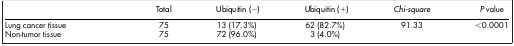
<table><thead><tr><td colspan="2"><b> </b></td><td><b>Total</b></td><td><b>Ubiquitin (−)</b></td><td><b>Ubiquitin (+)</b></td><td><b><i>Chi-square</i></b></td><td><b><i>P</i> value</b></td></tr></thead><tbody><tr><td colspan="2">Lung cancer tissue</td><td>75</td><td>13 (17.3%)</td><td>62 (82.7%)</td><td>91.33</td><td>&lt;0.0001</td></tr><tr><td colspan="2">Non-tumor tissue</td><td>75</td><td>72 (96.0%)</td><td>3 (4.0%)</td><td> </td><td> </td></tr></tbody></table>